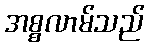
အစ္စလာမ်သည်